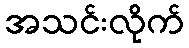
အသင်းလိုက်